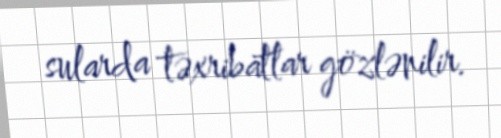
sularda təxribatlar gözlənilir.